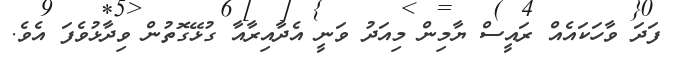
ފަދަ ވާހަކައެއް ރައީސް ޔާމިން މިއަދު ވަނީ އެދާއިރާއާ ގުޅޭގޮތުން ވިދާޅުވެފަ އެވެ.